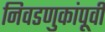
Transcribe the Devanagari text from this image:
निवडणुकांपूर्वी